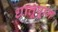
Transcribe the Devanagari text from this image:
धातूपाून